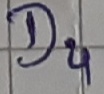
Text: D4